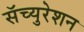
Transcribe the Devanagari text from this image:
सॅच्युरेशन